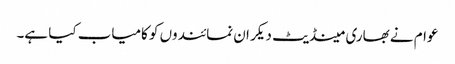
عوام نے بھاری مینڈیٹ دیکر ان نمائندوں کو کامیاب کیا ہے۔